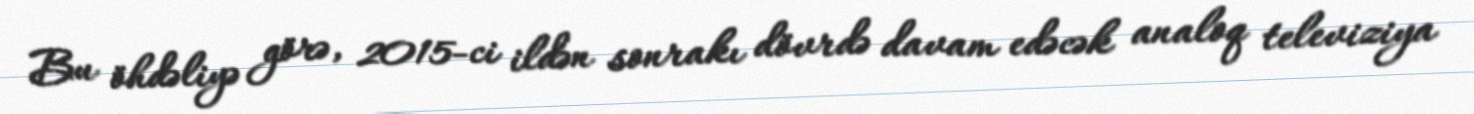
Bu öhdəliyə görə, 2015-ci ildən sonrakı dövrdə davam edəcək analoq televiziya